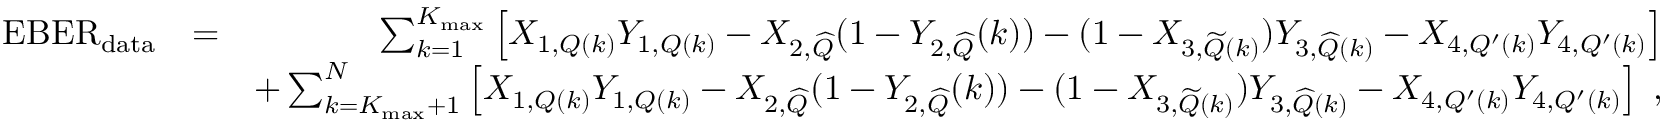
\begin{array} { r l r } { \mathrm { E B E R } _ { \mathrm { d a t a } } } & { = } & { \sum _ { k = 1 } ^ { K _ { \mathrm { m a x } } } \left[ X _ { 1 , Q ( k ) } Y _ { 1 , Q ( k ) } - X _ { 2 , { \widehat Q } } ( 1 - Y _ { 2 , { \widehat Q } } ( k ) ) - ( 1 - X _ { 3 , { \widetilde Q } ( k ) } ) Y _ { 3 , { \widehat Q } ( k ) } - X _ { 4 , Q ^ { \prime } ( k ) } Y _ { 4 , Q ^ { \prime } ( k ) } \right] } \\ & { } & { + \sum _ { k = K _ { \mathrm { m a x } } + 1 } ^ { N } \left[ X _ { 1 , Q ( k ) } Y _ { 1 , Q ( k ) } - X _ { 2 , { \widehat Q } } ( 1 - Y _ { 2 , { \widehat Q } } ( k ) ) - ( 1 - X _ { 3 , { \widetilde Q } ( k ) } ) Y _ { 3 , { \widehat Q } ( k ) } - X _ { 4 , Q ^ { \prime } ( k ) } Y _ { 4 , Q ^ { \prime } ( k ) } \right] \; , } \end{array}